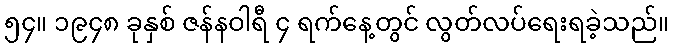
၅၄။ ၁၉၄၈ ခုနှစ် ဇန်နဝါရီ ၄ ရက်နေ့တွင် လွတ်လပ်ရေးရခဲ့သည်။